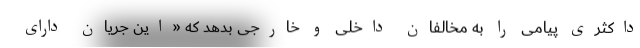
داکثری پیامی را به مخالفان داخلی و خارجی بدهد که «این جریان دارای